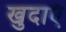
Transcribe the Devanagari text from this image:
खुदाएॅ